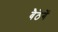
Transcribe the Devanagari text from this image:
बैठेगें